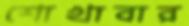
শোখাবার